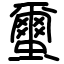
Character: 蠒